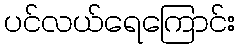
ပင်လယ်ရေကြောင်း